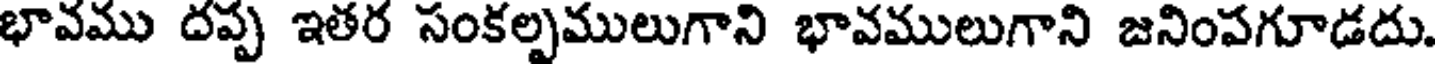
భావము దప్ప ఇతర సంకల్పములుగాని భావములుగాని జనింపగూడదు.